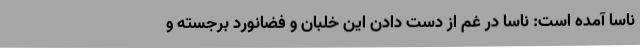
ناسا آمده است: ناسا در غم از دست دادن این خلبان و فضانورد برجسته و